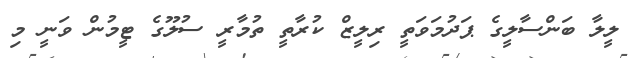
ލީލާ ބަންސާލީގެ ޕަދުމަވަތީ ރިލީޒް ކުރާތީ ތުމާރީ ސުލޫގެ ޓީމުން ވަނީ މި